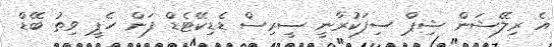
އެ ރިލޭޝަން ޝިޕް ސިފަކުރާނީ ސީރިސް ޑެޑިކޭޓެޑް ފަން ހެޕީ ވިތު ބޭޑް